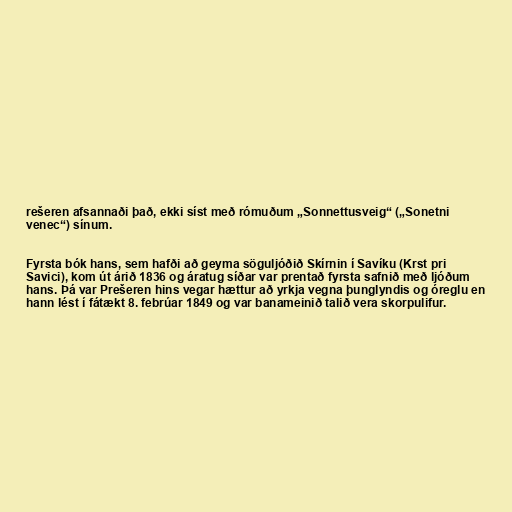
rešeren afsannaði það, ekki síst með rómuðum „Sonnettusveig“ („Sonetni
venec“) sínum.

Fyrsta bók hans, sem hafði að geyma söguljóðið Skírnin í Savíku (Krst pri
Savici), kom út árið 1836 og áratug síðar var prentað fyrsta safnið með ljóðum
hans. Þá var Prešeren hins vegar hættur að yrkja vegna þunglyndis og óreglu en
hann lést í fátækt 8. febrúar 1849 og var banameinið talið vera skorpulifur.